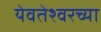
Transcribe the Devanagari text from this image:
येवतेश्वरच्या